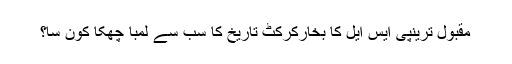
مقبول ترینپی ایس ایل کا بخارکرکٹ تاریخ کا سب سے لمبا چھکا کون سا؟